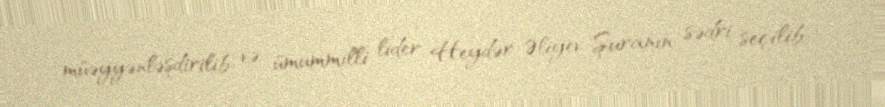
müəyyənləşdirilib və ümummilli lider Heydər Əliyev Şuranın sədri seçilib.